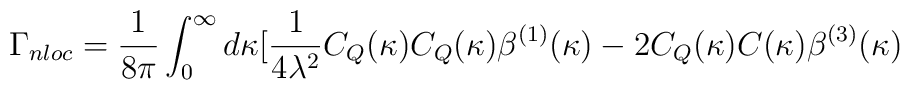
\Gamma_{nloc}= \frac{1}{8 \pi}           \int_{0}^{\infty} d \kappa [\frac{1}{4\lambda^2}            C_{Q}(\kappa) C_{Q}(\kappa) \beta^{(1)}(\kappa)           -2 C_{Q}(\kappa) C (\kappa) \beta^{(3)}(\kappa)